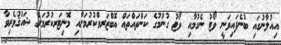
އިއުލާނުގައި ބުނެފައިވަނީ ވޯޓު ނެގުމާއި ވޯޓު ގުނުމުގެ ކަންތައްތައް އޮބްޒަރވްކުރުމަށާއި މޮނިޓަރކުރުމަށް ޝައުޤުވެރިވާ